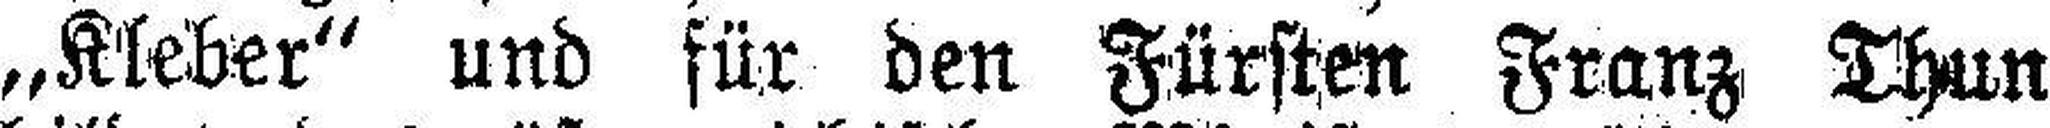
„Kleber“ und für den Fürsten Franz Thun